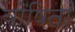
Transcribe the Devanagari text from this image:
योषितां